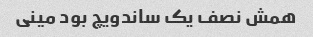
همش نصف یک ساندویچ بود مینی